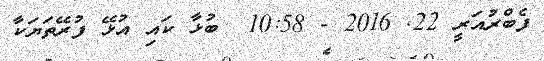
ފެބްރުއަރީ 22